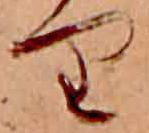
り